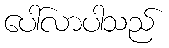
ပေါ်လာပါသည်